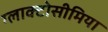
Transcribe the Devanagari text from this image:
ग्लाक्टोसीमिया